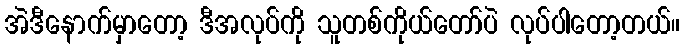
အဲဒီနောက်မှာတော့ ဒီအလုပ်ကို သူတစ်ကိုယ်တော်ပဲ လုပ်ပါတော့တယ်။